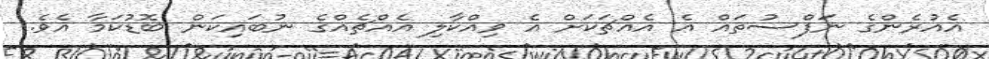
އެއުރެންގެ ނަފްސުތައް އެ އެއްޗަކަށް އެ ވިއްކާލި އެއްޗެއްގެ ނުބައިކަން ބޮޑުކަމާ އެވެ.